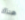
هناك